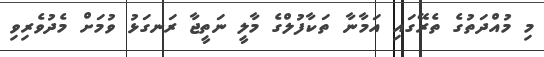
މި މުއްދަތުގެ ތެރޭގައި އަމާނާ ތަކާފުލްގެ މާލީ ނަތީޖާ ރަނގަޅު ވުމަށް މެދުވެރިވި